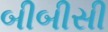
બીબીસી